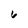
Character: 6